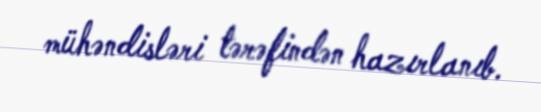
mühəndisləri tərəfindən hazırlanıb.